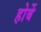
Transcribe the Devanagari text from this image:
होर्बे